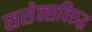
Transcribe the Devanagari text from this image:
ससेक्सविरुद्ध